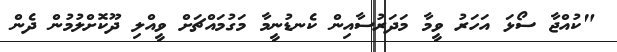
"ކުއްޖާ ސޯޅަ އަހަރު ވީމާ މަދަރުސާއިން ކެނޑުނީމާ މަގުމައްޗަށް ވީއްލި ދޫކޮށްލުމުން ދެން